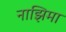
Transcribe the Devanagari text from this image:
नाझिमा